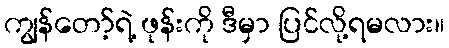
ကျွန်တော့်ရဲ့ ဖုန်းကို ဒီမှာ ပြင်လို့ရမလား။